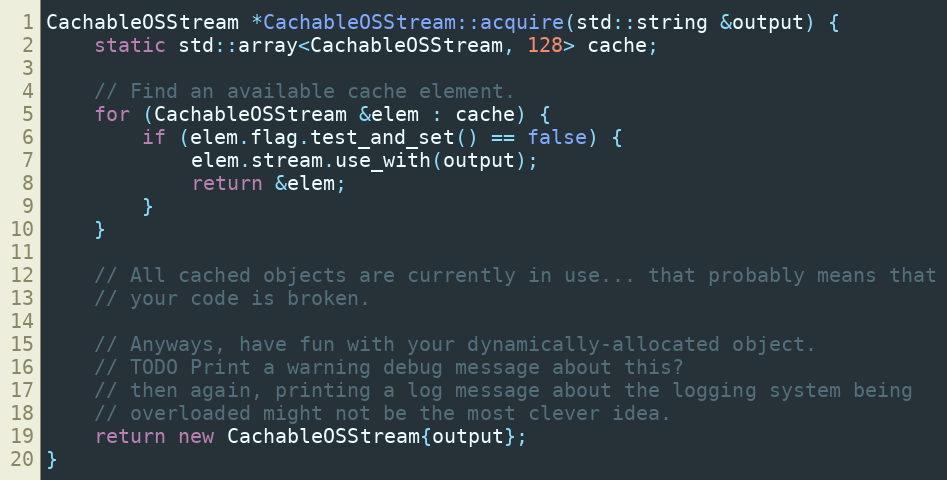
Language: C++
CachableOSStream *CachableOSStream::acquire(std::string &output) {
	static std::array<CachableOSStream, 128> cache;

	// Find an available cache element.
	for (CachableOSStream &elem : cache) {
		if (elem.flag.test_and_set() == false) {
			elem.stream.use_with(output);
			return &elem;
		}
	}

	// All cached objects are currently in use... that probably means that
	// your code is broken.

	// Anyways, have fun with your dynamically-allocated object.
	// TODO Print a warning debug message about this?
	// then again, printing a log message about the logging system being
	// overloaded might not be the most clever idea.
	return new CachableOSStream{output};
}